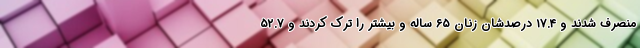
منصرف شدند و ۱۷.۴ درصدشان زنان ۶۵ ساله و بیشتر را ترک کردند و ۵۲.۷